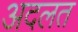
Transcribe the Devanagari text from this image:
अदलत